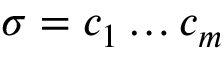
\sigma = c _ { 1 } \ldots c _ { m }